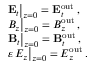
\begin{array} { r l } & { \left. { \bf E } _ { t } \right| _ { z = 0 } = { \bf E } _ { t } ^ { \mathrm { o u t } } \: , } \\ & { \left. B _ { z } \right| _ { z = 0 } = B _ { z } ^ { \mathrm { o u t } } \: , } \\ & { \left. { \bf B } _ { t } \right| _ { z = 0 } = { \bf B } _ { t } ^ { \mathrm { o u t } } \: , } \\ & { \left. \varepsilon \, E _ { z } \right| _ { z = 0 } = E _ { z } ^ { \mathrm { o u t } } \: . } \end{array}